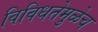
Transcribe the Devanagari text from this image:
विविधतेमुळेच